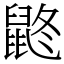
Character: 鼨